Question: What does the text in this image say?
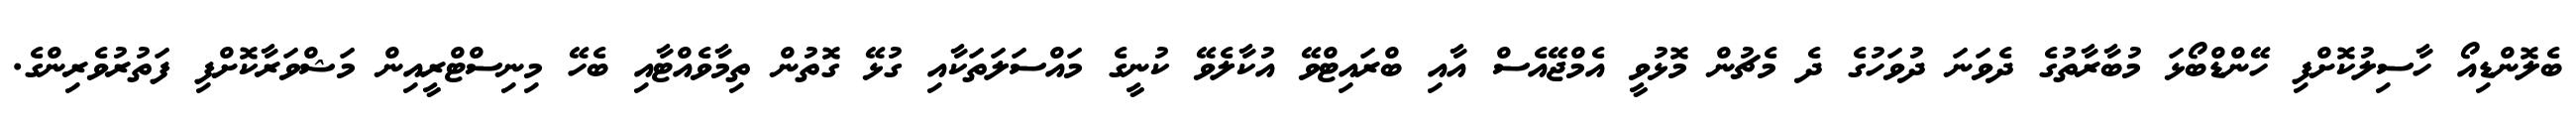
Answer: ބެލޮންޑިއޯ ހާސިލުކޮށްފި ހޭންޑްބޯޅަ މުބާރާތުގެ ދެވަނަ ދުވަހުގެ ދެ މެޗުން މޮޅުވީ އެމްޖޭއެސް އާއި ބްރައިޓްވޭ އުކާލެވޭ ކުނީގެ މައްސަލަތަކާއި ގުޅޭ ގޮތުން ތިމާވެއްޓާއި ބެހޭ މިނިސްޓްރީއިން މަޝްވަރާކޮށްފި ފަތުރުވެރިންގެ.